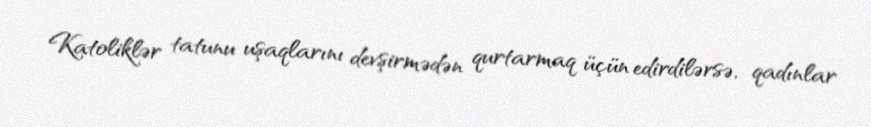
Katoliklər tatunu uşaqlarını devşirmədən qurtarmaq üçün edirdilərsə, qadınlar